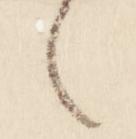
之